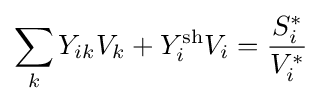
\sum _{k}Y_{ik}V_{k}+Y_{i}^{\text{sh}}V_{i}={\frac {S_{i}^{*}}{V_{i}^{*}}}